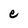
Character: e